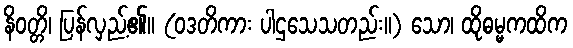
နိဝတ္တိ၊ ပြန်လှည့်၏။ (ဝဒတိကား ပါဌသေသတည်း။) သော၊ ထိုဓမ္မကထိက